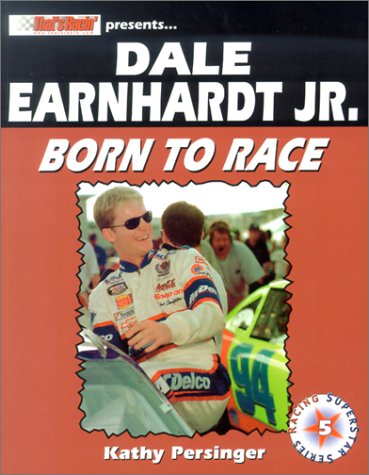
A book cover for Dale Earnhardt Jr.: Born to Race; Kathy Persinger; Teen & Young Adult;